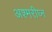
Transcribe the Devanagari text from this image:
अश्मरीघ्न